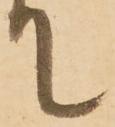
て